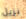
نزيل